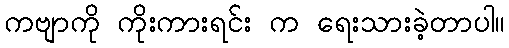
ကဗျာကို ကိုးကားရင်း က ရေးသားခဲ့တာပါ။